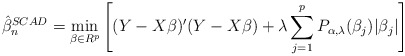
\begin{align*}\hat{\beta}_n^{SCAD} = \mathop{\min}_{\beta \in R^p} \left[(Y-X\beta)'(Y-X\beta) + \lambda \sum_{j=1}^{p}P_{\alpha, \lambda}(\beta_j) |\beta_j|\right]\end{align*}